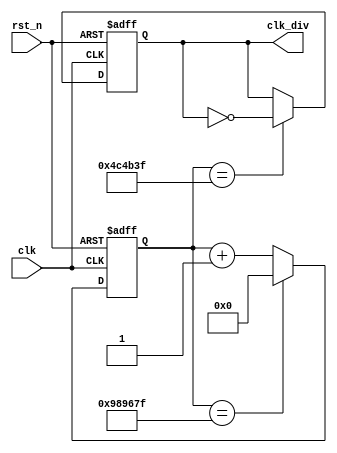
// system clock frequence divider
// system clock : 50MHZ
// output clock frequence: 5HZ (error! in fact ,it's double)

module clk_div #(
    // system clock frequence(HZ)
    parameter feq_ori = 50_000_000,
    // ferquence(HZ) of clock to be output
    parameter feq_out = 5
) (
    // input signaloriginal clock
    input clk,
    // input signalreset 
    input rst_n,
    // output signaloutput clock 
    output clk_div
);
	// parameter
    // full cycle counter
    parameter full_times = (feq_ori / feq_out) - 1;
    // half cycle conter
    parameter semi_times = (feq_ori / feq_out)/2 - 1;
    // register length
    parameter width = 32;

    // register
    reg tmp_clk;
    reg [width-1:0] cnt, tmp_in;

    // main counter
    // counter
    always @(*) begin
        if(cnt == full_times)
            tmp_in = {width{1'b0}};
        else
            tmp_in = cnt + 1;
    end
    //
    always @(posedge clk, negedge rst_n) begin
        if(!rst_n)
            cnt <= {width{1'b0}};
        else
            cnt <= tmp_in;
    end 
    //
    always @(posedge clk, negedge rst_n) begin
        if(!rst_n)
            tmp_clk <= 1'b0;
        else if(cnt == semi_times)
            tmp_clk <= ~tmp_clk;
    end
    //
    assign clk_div = tmp_clk;
    
endmodule